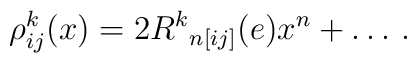
\rho_{ij}^k(x) = 2 {R^k}_{n[ij]}(e)  x^n  + \ldots\, .